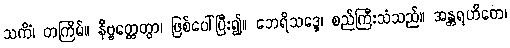
သကိံ၊ တကြိမ်။ နိဗ္ဗတ္တေတွာ၊ ဖြစ်ပေါ်ပြီး၍။ ဘေရိသဒ္ဒေ၊ စည်ကြီးသံသည်။ အန္တရဟိတေ၊